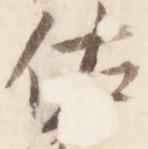
祐